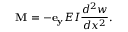
\mathbf { M } = - \mathbf { e _ { y } } E I { \frac { d ^ { 2 } w } { d x ^ { 2 } } } .